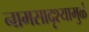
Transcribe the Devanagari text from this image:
नामसादृश्यामुळं